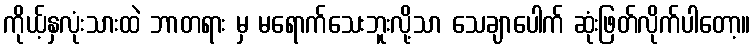
ကိုယ့်နှလုံးသားထဲ ဘာတရား မှ မရောက်သေးဘူးလို့သာ သေချာပေါက် ဆုံးဖြတ်လိုက်ပါတော့။